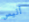
أليس